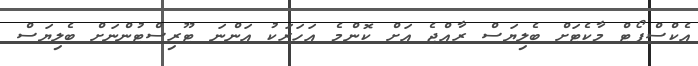
އެކްސްޕޯޓް މާކެޓަށް ބެލިޔަސް ރާއްޖެ އަށް ކޮންމެ އަހަރަކު އަންނަ ޓޫރިސްޓުންނަށް ބެލިޔަސް